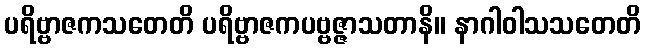
ပရိဗ္ဗာဇကသတေတိ ပရိဗ္ဗာဇကပဗ္ဗဇ္ဇာသတာနိ။ နာဂါဝါသသတေတိ